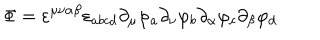
\Phi = \varepsilon ^ { \mu \nu \alpha \beta } \varepsilon _ { a b c d } \partial _ { \mu } \varphi _ { a } \partial _ { \nu } \varphi _ { b } \partial _ { \alpha } \varphi _ { c } \partial _ { \beta } \varphi _ { d }